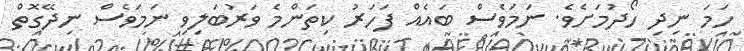
ހަމަ ނިދި ހޯދުމަށެވެ. ނަމަވެސް ބައެއް ފަހަރު ކިތަންމެ ވަރުބަލިވި ނަމަވެސް ނިދޭގޮތް